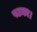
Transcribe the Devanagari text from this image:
पटका।